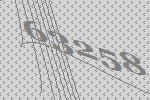
63258